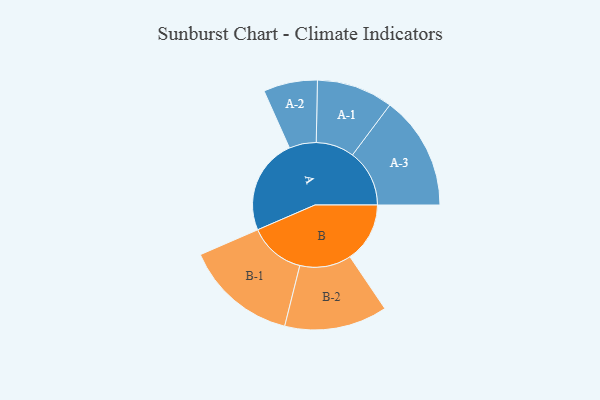
{"axis": {"x": "Segment", "y": "Value"}, "legend": ["", "A", "B"], "data": [{"x": "A", "y": 418, "type": ""}, {"x": "B", "y": 262, "type": ""}, {"x": "A-1", "y": 167, "type": "A"}, {"x": "A-2", "y": 118, "type": "A"}, {"x": "A-3", "y": 249, "type": "A"}, {"x": "B-1", "y": 246, "type": "B"}, {"x": "B-2", "y": 225, "type": "B"}]}